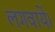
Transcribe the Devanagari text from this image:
लगवायें।